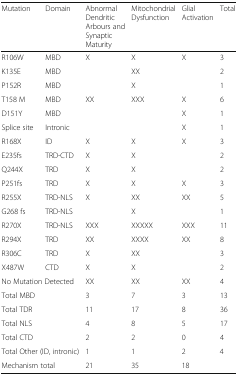
| Mutation | Domain | Abnormal Dendritic Arbours and Synaptic Maturity | Mitochondrial Dysfunction | Glial Activation | Total |
 | --- | --- | --- | --- | --- | --- |
 | R106W | MBD | X | X | X | 3 |
 | K135E | MBD |  | XX |  | 2 |
 | P152R | MBD |  | X |  | 1 |
 | T158 M | MBD | XX | XXX | X | 6 |
 | D151Y | MBD |  |  | X | 1 |
 | Splice site | Intronic |  |  | X | 1 |
 | R168X | ID | X | X | X | 3 |
 | E235fs | TRD-CTD | X | X |  | 2 |
 | Q244X | TRD | X | X |  | 2 |
 | P251fs | TRD | X | X | X | 3 |
 | R255X | TRD-NLS | X | XX | XX | 5 |
 | G268 fs | TRD-NLS |  | X |  | 1 |
 | R270X | TRD-NLS | XXX | XXXXX | XXX | 11 |
 | R294X | TRD | XX | XXXX | XX | 8 |
 | R306C | TRD | X | XX |  | 3 |
 | X487W | CTD | X | X |  | 2 |
 | <COLSPAN=2> No Mutation Detected | XX | XX | XX | 4 |
 | <COLSPAN=2> Total MBD | 3 | 7 | 3 | 13 |
 | <COLSPAN=2> Total TDR | 11 | 17 | 8 | 36 |
 | <COLSPAN=2> Total NLS | 4 | 8 | 5 | 17 |
 | <COLSPAN=2> Total CTD | 2 | 2 | 0 | 4 |
 | <COLSPAN=2> Total Other (ID, intronic) | 1 | 1 | 2 | 4 |
 | <COLSPAN=2> Mechanism total | 21 | 35 | 18 |  |